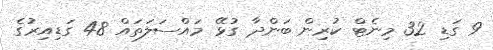
9 ގަޑި 32 މިނެޓް ކުރިން ބަންދާ ގުޅޭ މައްސަލަތައް 48 ގަޑިއިރުގެ